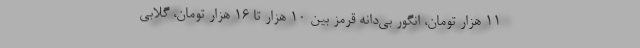
۱۱ هزار تومان، انگور بی‌دانه قرمز بین ۱۰ هزار تا ۱۶ هزار تومان، گلابی